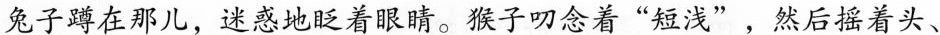
兔子蹲在那儿，迷惑地眨着眼睛。猴子叨念着“短浅”，然后摇着头、